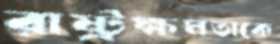
রাষ্ট্রক্ষমতাকে